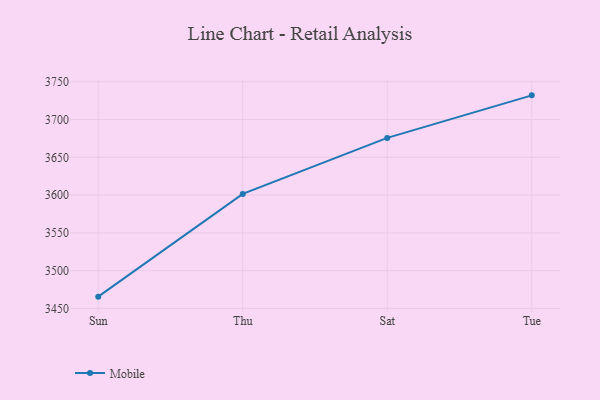
{"axis": {"x": "Day", "y": "Latency (ms)"}, "legend": ["Mobile"], "data": [{"x": "Sun", "y": 3465.6, "type": "Mobile"}, {"x": "Thu", "y": 3601.6, "type": "Mobile"}, {"x": "Sat", "y": 3675.7, "type": "Mobile"}, {"x": "Tue", "y": 3732.0, "type": "Mobile"}]}